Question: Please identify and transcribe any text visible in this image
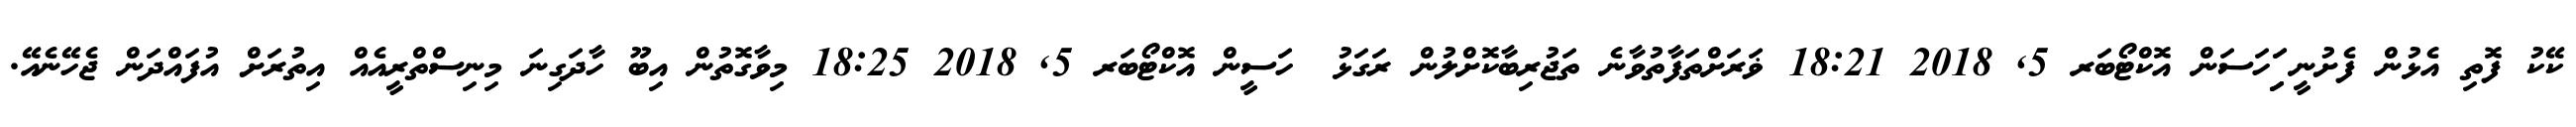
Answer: ކޭކު ފޮތި އެޅުން ފެށުނީ ިިަިަހަސަން އޮކްޓޯބަރ 5, 2018 18:21 ޥަރަށްތަފާތުވާނެ ތަޖުރިބާކޮށްލުން ރަގަޅު? ހަސީން އޮކްޓޯބަރ 5, 2018 18:25 މިވާގޮތުން އިބޫ ހާދަގިނަ މިނިސްތްރީއެއް އިތުރަށް އުފައްދަން ޖެހޭނެއޭ.